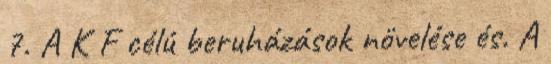
7. A K F célú beruházások növelése és. A